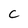
Character: c